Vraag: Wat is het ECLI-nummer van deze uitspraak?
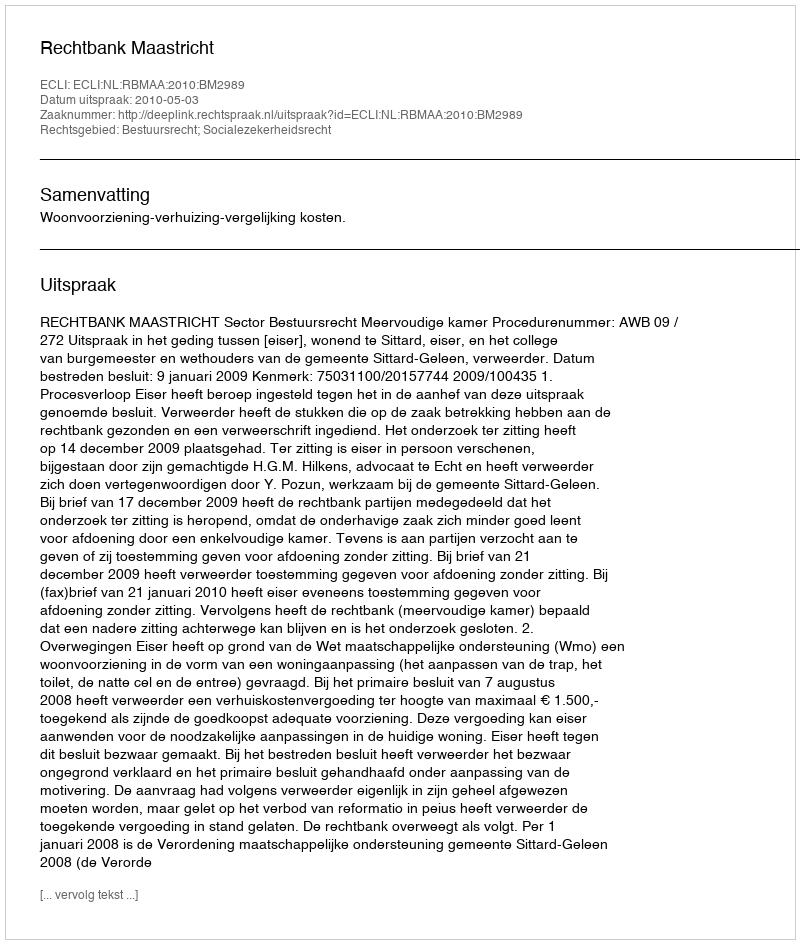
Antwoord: ECLI:NL:RBMAA:2010:BM2989